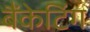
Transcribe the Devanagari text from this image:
बैंकेटिंग